system: You are a helpful assistant.
user:
Analyze the provided spectrum to determine if it is a **White Dwarf (WD)**.

A White Dwarf spectrum is defined by its **extreme purity** (due to gravitational settling) and/or **extreme pressure broadening** (due to high surface gravity). You must check for one of the following mutually exclusive signatures:

- **Key Visual Indicators (Check for ONE of these types):**

    - **1. DA-Type Signature (Most Common):**
        - **(Primary Feature):** Extreme pressure broadening (Stark broadening) of the **Hydrogen (H) Balmer lines**.
        - **(Key Lines):** $H\beta$ (approx. $4861$ Å) and $H\gamma$ (approx. $4340$ Å). $H\alpha$ (approx. $6563$ Å) will also be present if the wavelength range covers it.
        - **(Line Profile):** This is the **defining feature**. The lines are **NOT** sharp. They appear as massive, **extremely broad and deep "troughs" or "dips"** in the spectrum, often hundreds of Ångströms wide. The continuum will appear to "scoop" down at these wavelengths.
        - **(Distinction):** Normal A-type or B-type stars have *narrow* and *sharp* Hydrogen lines. A DA White Dwarf's lines are unmistakably "smeared" or "blurry" from pressure.

    - **2. DB-Type Signature:**
        - **(Primary Feature):** Broad absorption lines from **Neutral Helium (He I)**. The spectrum must lack any visible Hydrogen lines.
        - **(Key Lines):** Look for broad absorption near $4471$ Å, $4921$ Å, and $5876$ Å.
        - **(Line Profile):** These lines are also significantly pressure-broadened, appearing much wider than they would in a normal B-type main-sequence star.

    - **3. DC-Type Signature:**
        - **(Primary Feature):** A **featureless continuous spectrum**.
        - **(Line Profile):** The spectrum is a smooth curve with **no significant absorption or emission lines**.
        - **(Key Confirmation):** The continuum is almost always **blue or white**, indicating a hot object. This signature implies the atmosphere is so pure (or so cool) that no spectral lines are visible in the optical range. Its WD identity is confirmed by its extremely low intrinsic brightness (high absolute magnitude).

    - **4. DZ-Type Signature (Metal-Polluted):**
        - **(Primary Feature):** **Isolated, narrow metal absorption lines** on an otherwise featureless (DC-like) continuum.
        - **(Key Lines):** The **Calcium (Ca II) H & K doublet** (approx. **$3934$ Å** and **$3968$ Å**) is the most common and defining feature.
        - **(Line Profile):** These lines are "out of place." They are *not* part of a "forest" of thousands of lines. This signature is evidence of recent *accretion* (pollution) from rocky debris.
        - **(Distinction):** Normal G/K/M stars have a *dense forest* of thousands of metal lines. A DZ has a *clean* continuum with *only a few* strong metal lines.

    - **5. DQ-Type Signature (Carbon-Polluted):**
        - **(Primary Feature):** Absorption bands from **Carbon (C₂ "Swan Bands" or atomic C I)**.
        - **(Key Lines - C₂):** Look for bandheads with a "saw-tooth" shape near $5635$ Å, **$5165$ Å** (strongest), and $4737$ Å.
        - **(Key Confirmation):** The underlying **continuum must be blue or white** (hot).
        - **(Distinction):** This is the critical difference from a **Carbon Star**, which has the *exact same* C₂ bands but on an extremely **red, cool** continuum.

- **(Overall Spectrum):**
    - The continuum (overall shape) is typically **blue-sloping** (brighter in the blue than the red), as most white dwarfs are very hot.
    - The spectrum will look "pure" or "simple," dominated by only *one* of the five signatures listed above.

Think first, call **spectral_visualization_tool** if needed to examine features in detail, then provide your final answer. Your response must adhere to the following strict rules:
1.  **Overall Structure:** Your response must follow the format `<think>...</think> <tool_call>...</tool_call> (if a tool is used) <answer>...</answer>`.
2.  **Tool Usage Constraint:** You may only make **one** tool call per turn.
3.  **Final Answer Format:** In the `<answer>` tag, your conclusion must be inside a `\boxed{}` command (e.g., `\boxed{YES}` or `\boxed{NO}`), followed by your justification.

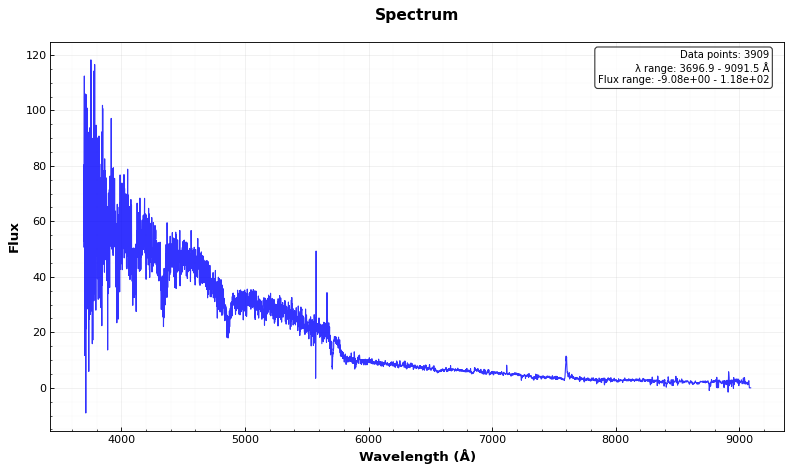
Answer: YES